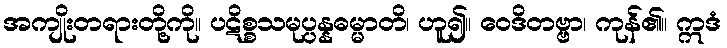
အကျိုးတရားတို့ကို။ ပဋိစ္စသမုပ္ပန္နဓမ္မာတိ၊ ဟူ၍။ ဝေဒိတဗ္ဗာ၊ ကုန်၏။ ဣဒံ